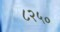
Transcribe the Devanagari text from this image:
८२५०